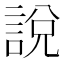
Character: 說